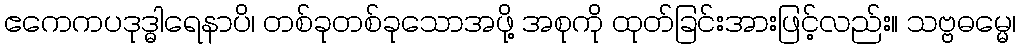
ဧကေကပဒုဒ္ဓါရေနာပိ၊ တစ်ခုတစ်ခုသောအဖို့ အစုကို ထုတ်ခြင်းအားဖြင့်လည်း။ သဗ္ဗဓမ္မေ၊